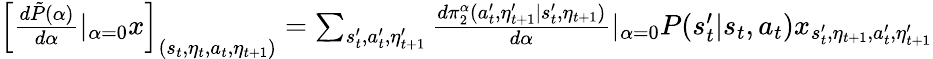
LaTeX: \begin{array}{r}{\left[\frac{d\tilde{P}(\alpha)}{d\alpha}|_{\alpha=0}x\right]_{(s_{t},\eta_{t},a_{t},\eta_{t+1})}=\sum_{s_{t}^{\prime},a_{t}^{\prime},\eta_{t+1}^{\prime}}\frac{d\pi_{2}^{\alpha}(a_{t}^{\prime},\eta_{t+1}^{\prime}|s_{t}^{\prime},\eta_{t+1})}{d\alpha}|_{\alpha=0}P(s_{t}^{\prime}|s_{t},a_{t})x_{s_{t}^{\prime},\eta_{t+1},a_{t}^{\prime},\eta_{t+1}^{\prime}}}\end{array}